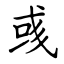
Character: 彧